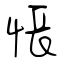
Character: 悵